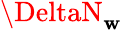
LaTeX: \DeltaN_{\mathbf{w}}